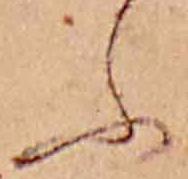
ふ